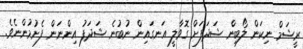
ރީޝަމް ނިކަން ލޯބިން ޝަދަފަށް ގޮވާލީ އަނގައިން ނުބުނެ ޝަދަފު އިންނަން ފެށުމުންނެވެ.